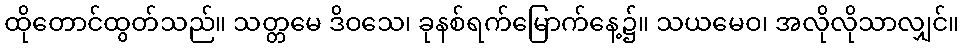
ထိုတောင်ထွတ်သည်။ သတ္တမေ ဒိဝသေ၊ ခုနစ်ရက်မြောက်နေ့၌။ သယမေဝ၊ အလိုလိုသာလျှင်။